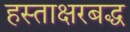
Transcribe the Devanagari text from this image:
हस्ताक्षरबद्ध